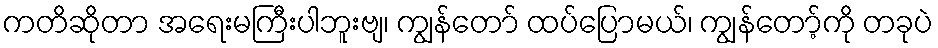
ကတိဆိုတာ အရေးမကြီးပါဘူးဗျ၊ ကျွန်တော် ထပ်ပြောမယ်၊ ကျွန်တော့်ကို တခုပဲ